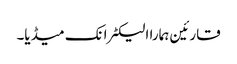
قارئین ہمارا الیکٹرانک میڈیا۔